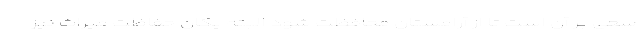
سعی بر آن است تا از آرامستان محافظت شود البته یگان حفاظت میراث نیز